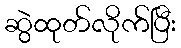
ဆွဲထုတ်လိုက်ပြီး